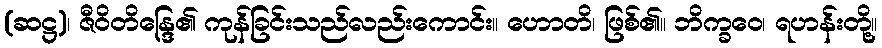
(ဆဋ္ဌ)၊ ဇီဝိတိန္ဒြေ၏ ကုန်ခြင်းသည်လည်းကောင်း။ ဟောတိ၊ ဖြစ်၏။ ဘိက္ခဝေ၊ ရဟန်းတို့။